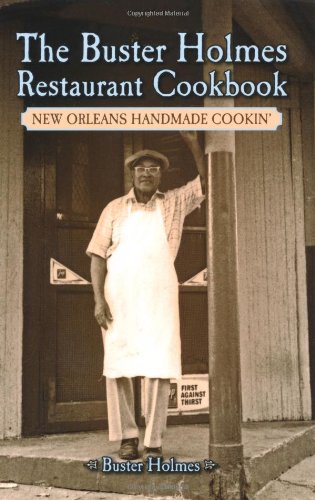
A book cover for Buster Holmes Restaurant Cookbook, The: New Orleans Handmade Cookin'; Buster Holmes; Cookbooks, Food & Wine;